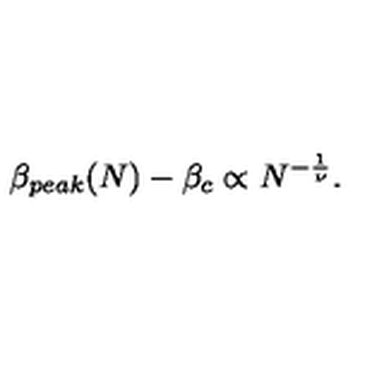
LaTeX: \beta _ { p e a k } ( N ) - \beta _ { c } \propto N ^ { - { \frac { 1 } { \nu } } } .